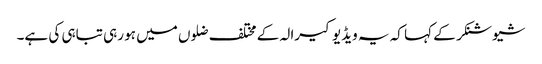
شیوشنکر کے کہا کہ یہ ویڈیو کیرالہ کے مختلف ضلوں میں ہو رہی تباہی کی ہے۔